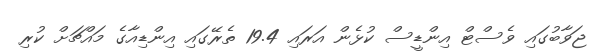
ޖަވާބުގައި ވެސްޓް އިންޑީސް ކުޅެން އަރައި 19.4 ތެރޭގައި އިންޑިއާގެ މައްޗަށް ކުރި